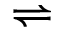
\rightleftharpoons